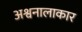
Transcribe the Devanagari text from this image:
अश्वनालाकार